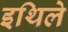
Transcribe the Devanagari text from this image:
इथिले